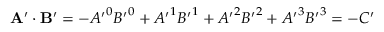
\mathbf { A } ^ { \prime } \cdot \mathbf { B } ^ { \prime } = - { A ^ { \prime } } ^ { 0 } { B ^ { \prime } } ^ { 0 } + { A ^ { \prime } } ^ { 1 } { B ^ { \prime } } ^ { 1 } + { A ^ { \prime } } ^ { 2 } { B ^ { \prime } } ^ { 2 } + { A ^ { \prime } } ^ { 3 } { B ^ { \prime } } ^ { 3 } = - C ^ { \prime }